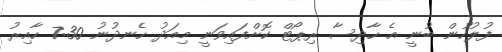
ފުލުހުން ބުނީ އެ ހާދިސާ ރިޕޯޓް ކޮށްފައިވަނީ މިއަދު ހެނދުނު 7:30 ހާއިރު